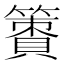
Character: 𥴹